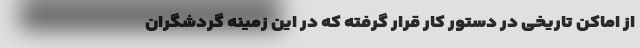
از اماکن تاریخی در دستور کار قرار گرفته که در این زمینه گردشگران